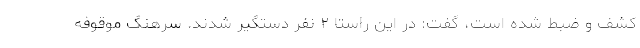
کشف و ضبط شده است، گفت: در این راستا ۲ نفر دستگیر شدند. سرهنگ موقوفه